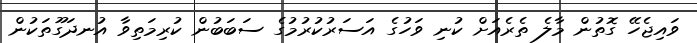
ވައިޖެހޭ ގޮތުން މާލެ ތެރެއަށް ކުނި ވަހުގެ އަސަރުކުރުމުގެ ސަބަބުން ކުރިމަތިވާ އުނދަގޫތަކުން